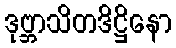
ဒုဗ္ဘာသိတဒိဋ္ဌိနော